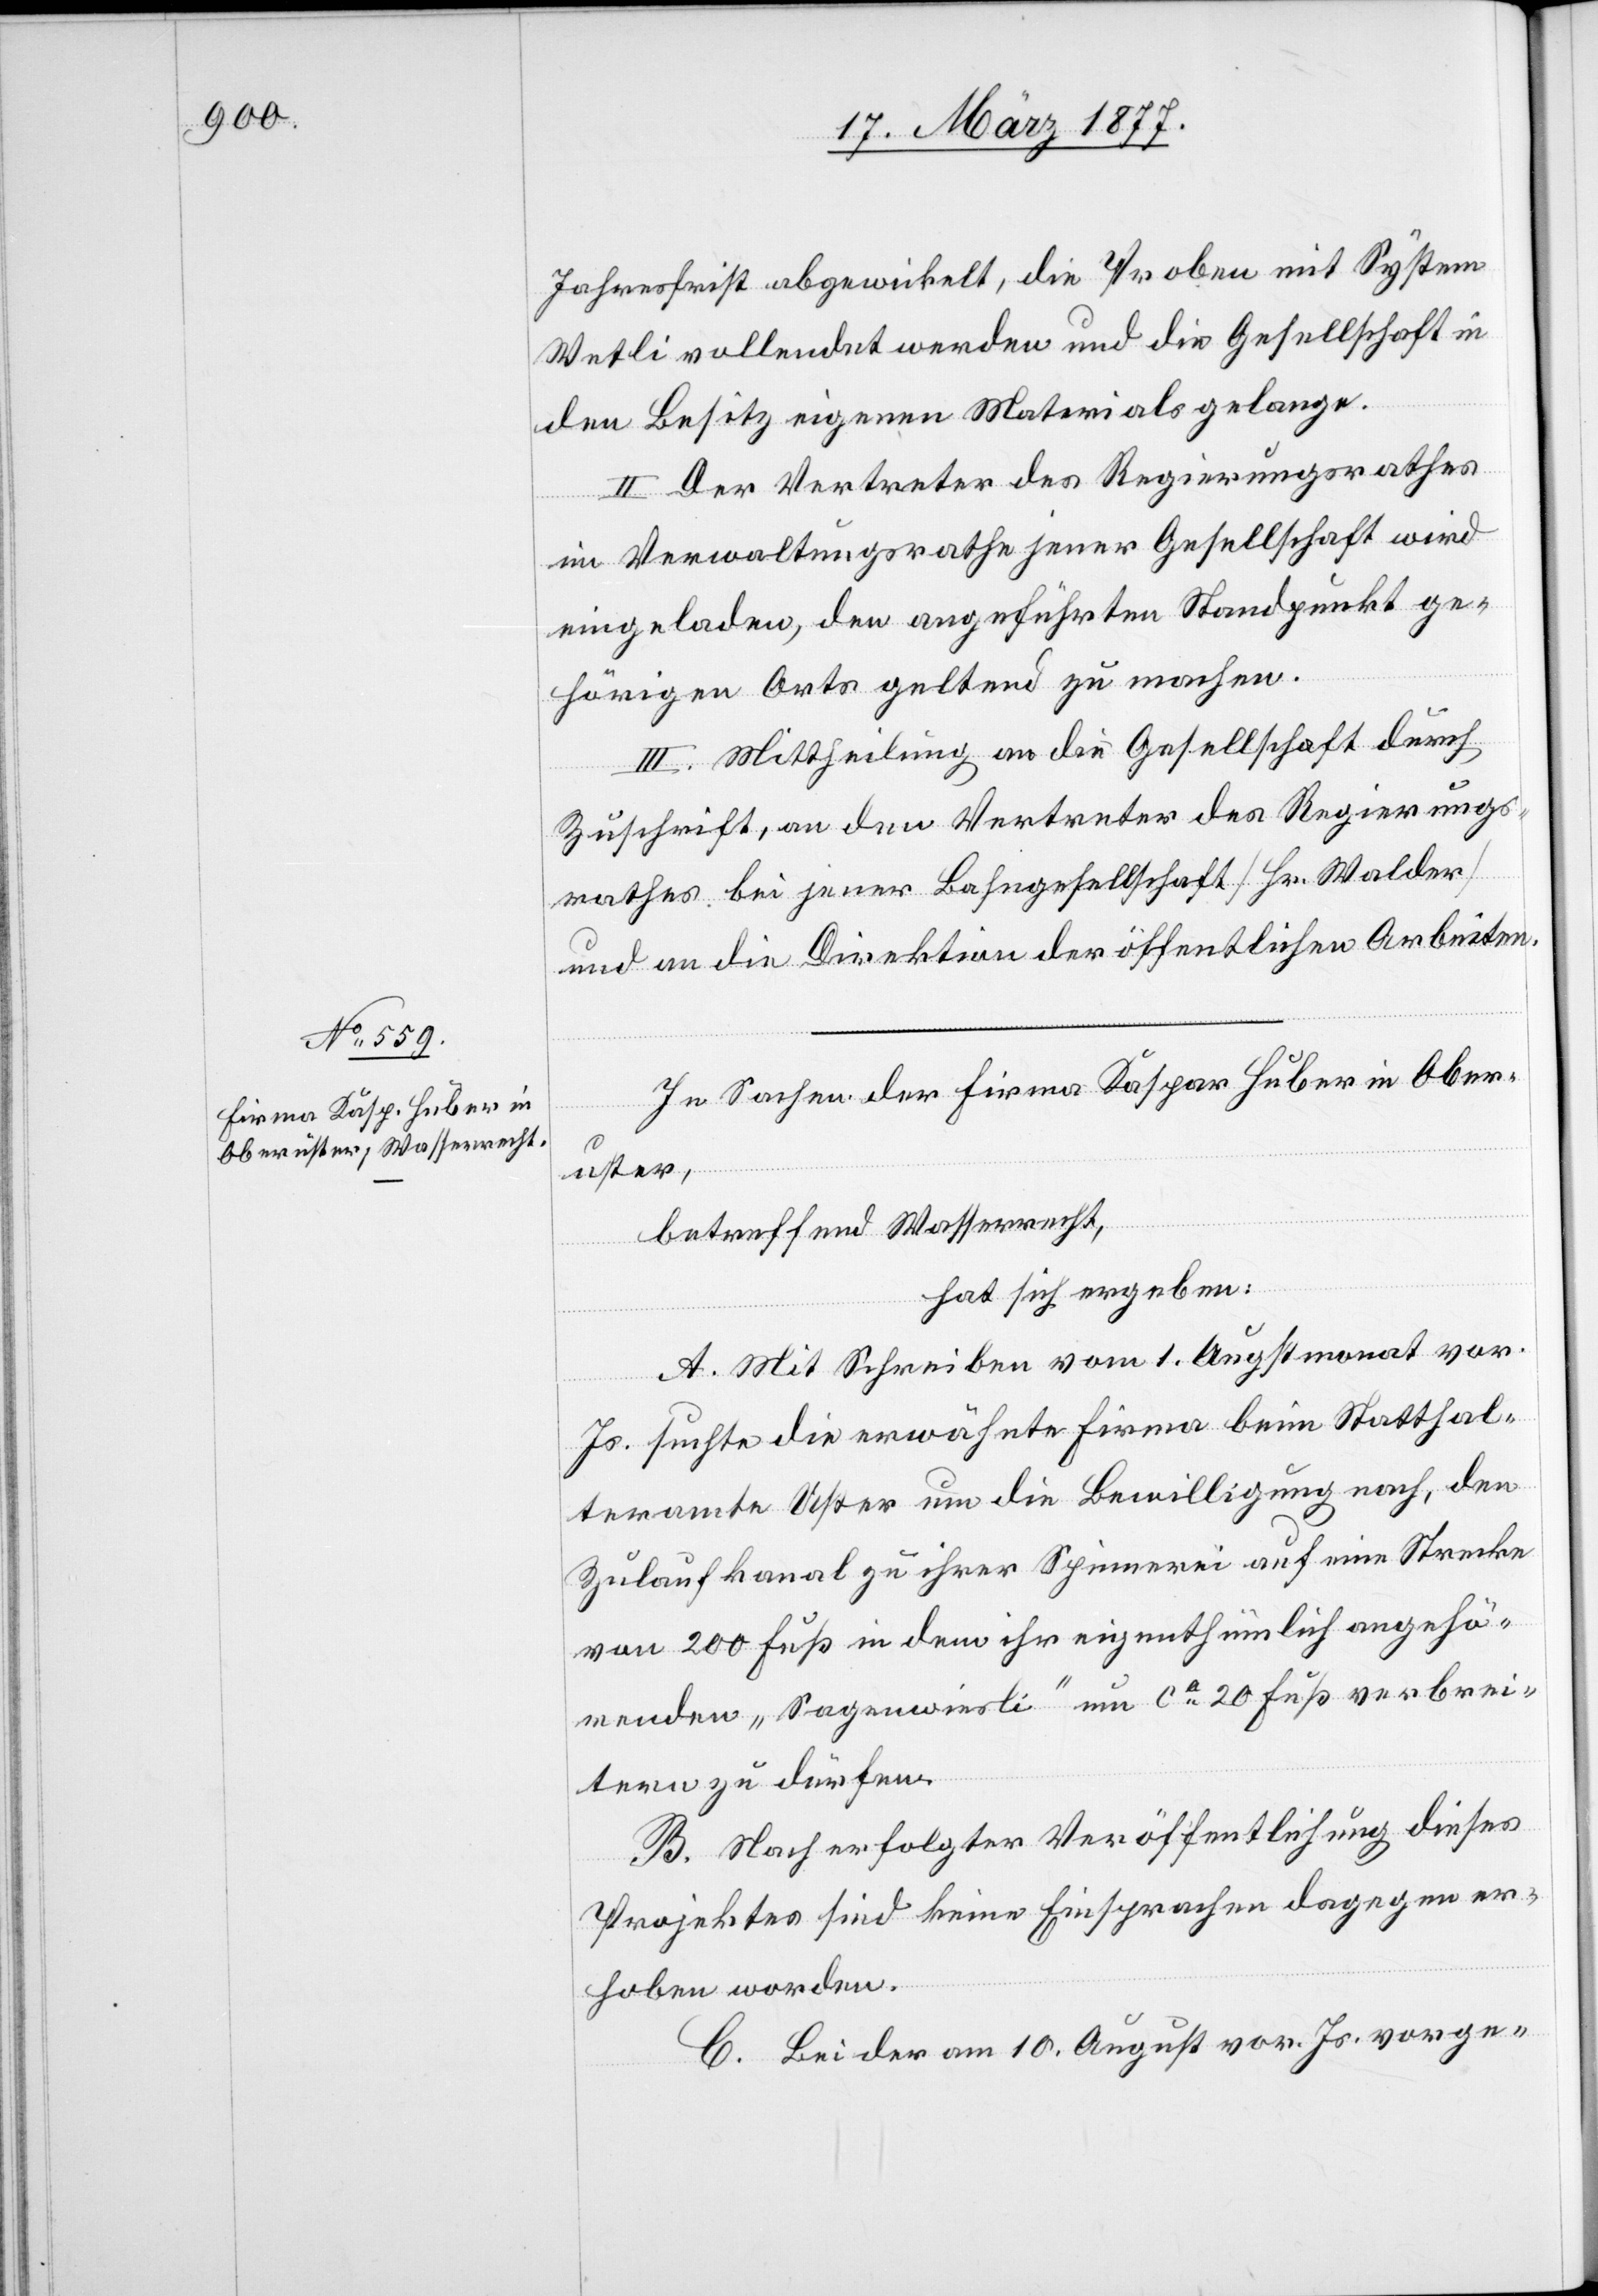
Jahresfrist abgewickelt, die Proben mit System
Wetli vollendet werden und die Gesellschaft in
den Besitz eigenen Materials gelange.
II. Der Vertreter des Regierungsrathes
im Verwaltungsrathe jener Gesellschaft wird
eingeladen, den angeführten Standpunkt ge¬
hörigen Orts geltend zu machen.
III. Mittheilung an die Gesellschaft durch
Zuschrift, an den Vertreter des Regierungs¬
rathes bei jener Bahngesellschaft [Hr. Walder]
und an die Direktion der öffentlichen Arbeiten.
In Sachen der Firma Kaspar Huber in Ober¬
uster,
betreffend Wasserrecht,
hat sich ergeben:
A. Mit Schreiben vom 1. Augstmonat vor.
Js. suchte die erwähnte Firma beim Statthal¬
teramte Uster um die Bewilligung nach, den
Zulaufkanal zu ihrer Spinnerei auf eine Strecke
von 200 Fuß in dem ihr eigenthümlich angehö¬
renden „Sagenwiesli“ um ca 20 Fuß verbrei¬
tern zu dürfen.
B. Nach erfolgter Veröffentlichung dieses
Projektes sind keine Einsprachen dagegen er¬
hoben worden.
C. Bei der am 10. August vor. Js. vorge-